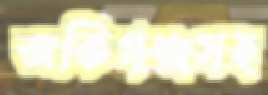
জকিগঞ্জসহ